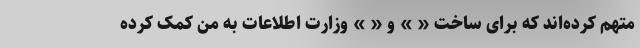
متهم کرده‌اند که برای ساخت « » و « » وزارت اطلاعات به من کمک کرده